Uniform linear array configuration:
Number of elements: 24
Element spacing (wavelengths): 0.75
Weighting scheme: hann
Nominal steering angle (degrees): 15
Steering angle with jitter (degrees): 13.581
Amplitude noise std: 0.05
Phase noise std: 0.05

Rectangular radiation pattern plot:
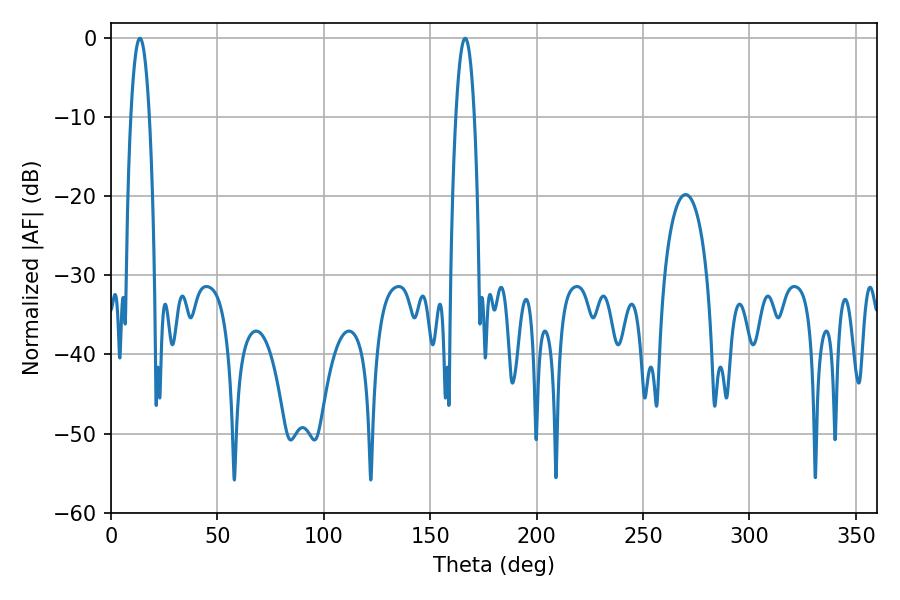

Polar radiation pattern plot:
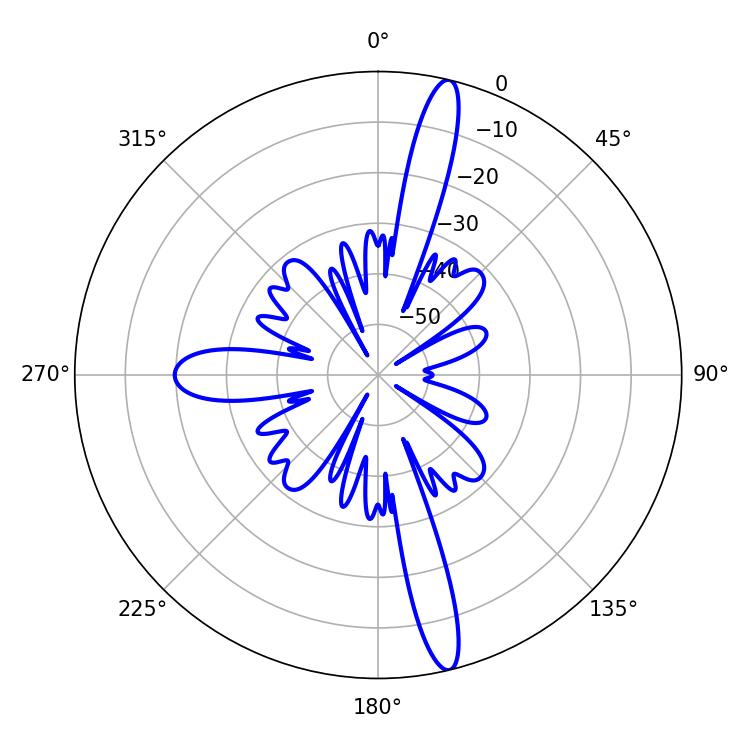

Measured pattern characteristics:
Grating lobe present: TRUE
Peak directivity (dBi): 16.931
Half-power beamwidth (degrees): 4.86
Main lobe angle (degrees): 13.5